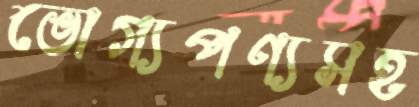
ভোগ্যপণ্যসহ